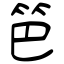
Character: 笆